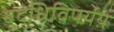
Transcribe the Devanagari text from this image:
बुद्धिविपर्यय